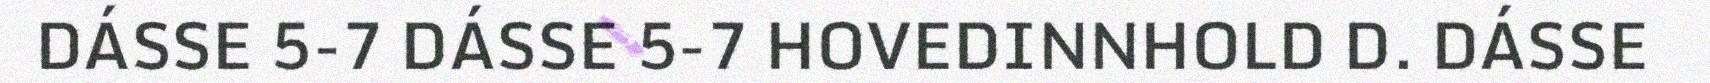
DÁSSE 5-7 DÁSSE 5-7 HOVEDINNHOLD D. DÁSSE